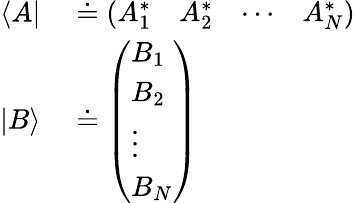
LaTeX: \begin{array}{rl}{\langle A|}&{{}\doteq{\left(\begin{array}{llll}{A_{1}^{*}}&{A_{2}^{*}}&{\cdots}&{A_{N}^{*}}\end{array}\right)}}\\ {|B\rangle}&{{}\doteq{\left(\begin{array}{l}{B_{1}}\\ {B_{2}}\\ {\vdots}\\ {B_{N}}\end{array}\right)}}\end{array}